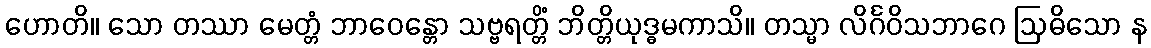
ဟောတိ။ သော တဿာ မေတ္တံ ဘာဝေန္တော သဗ္ဗရတ္တိံ ဘိတ္တိယုဒ္ဓမကာသိ။ တသ္မာ လိင်္ဂဝိသဘာဂေ ဩဓိသော န